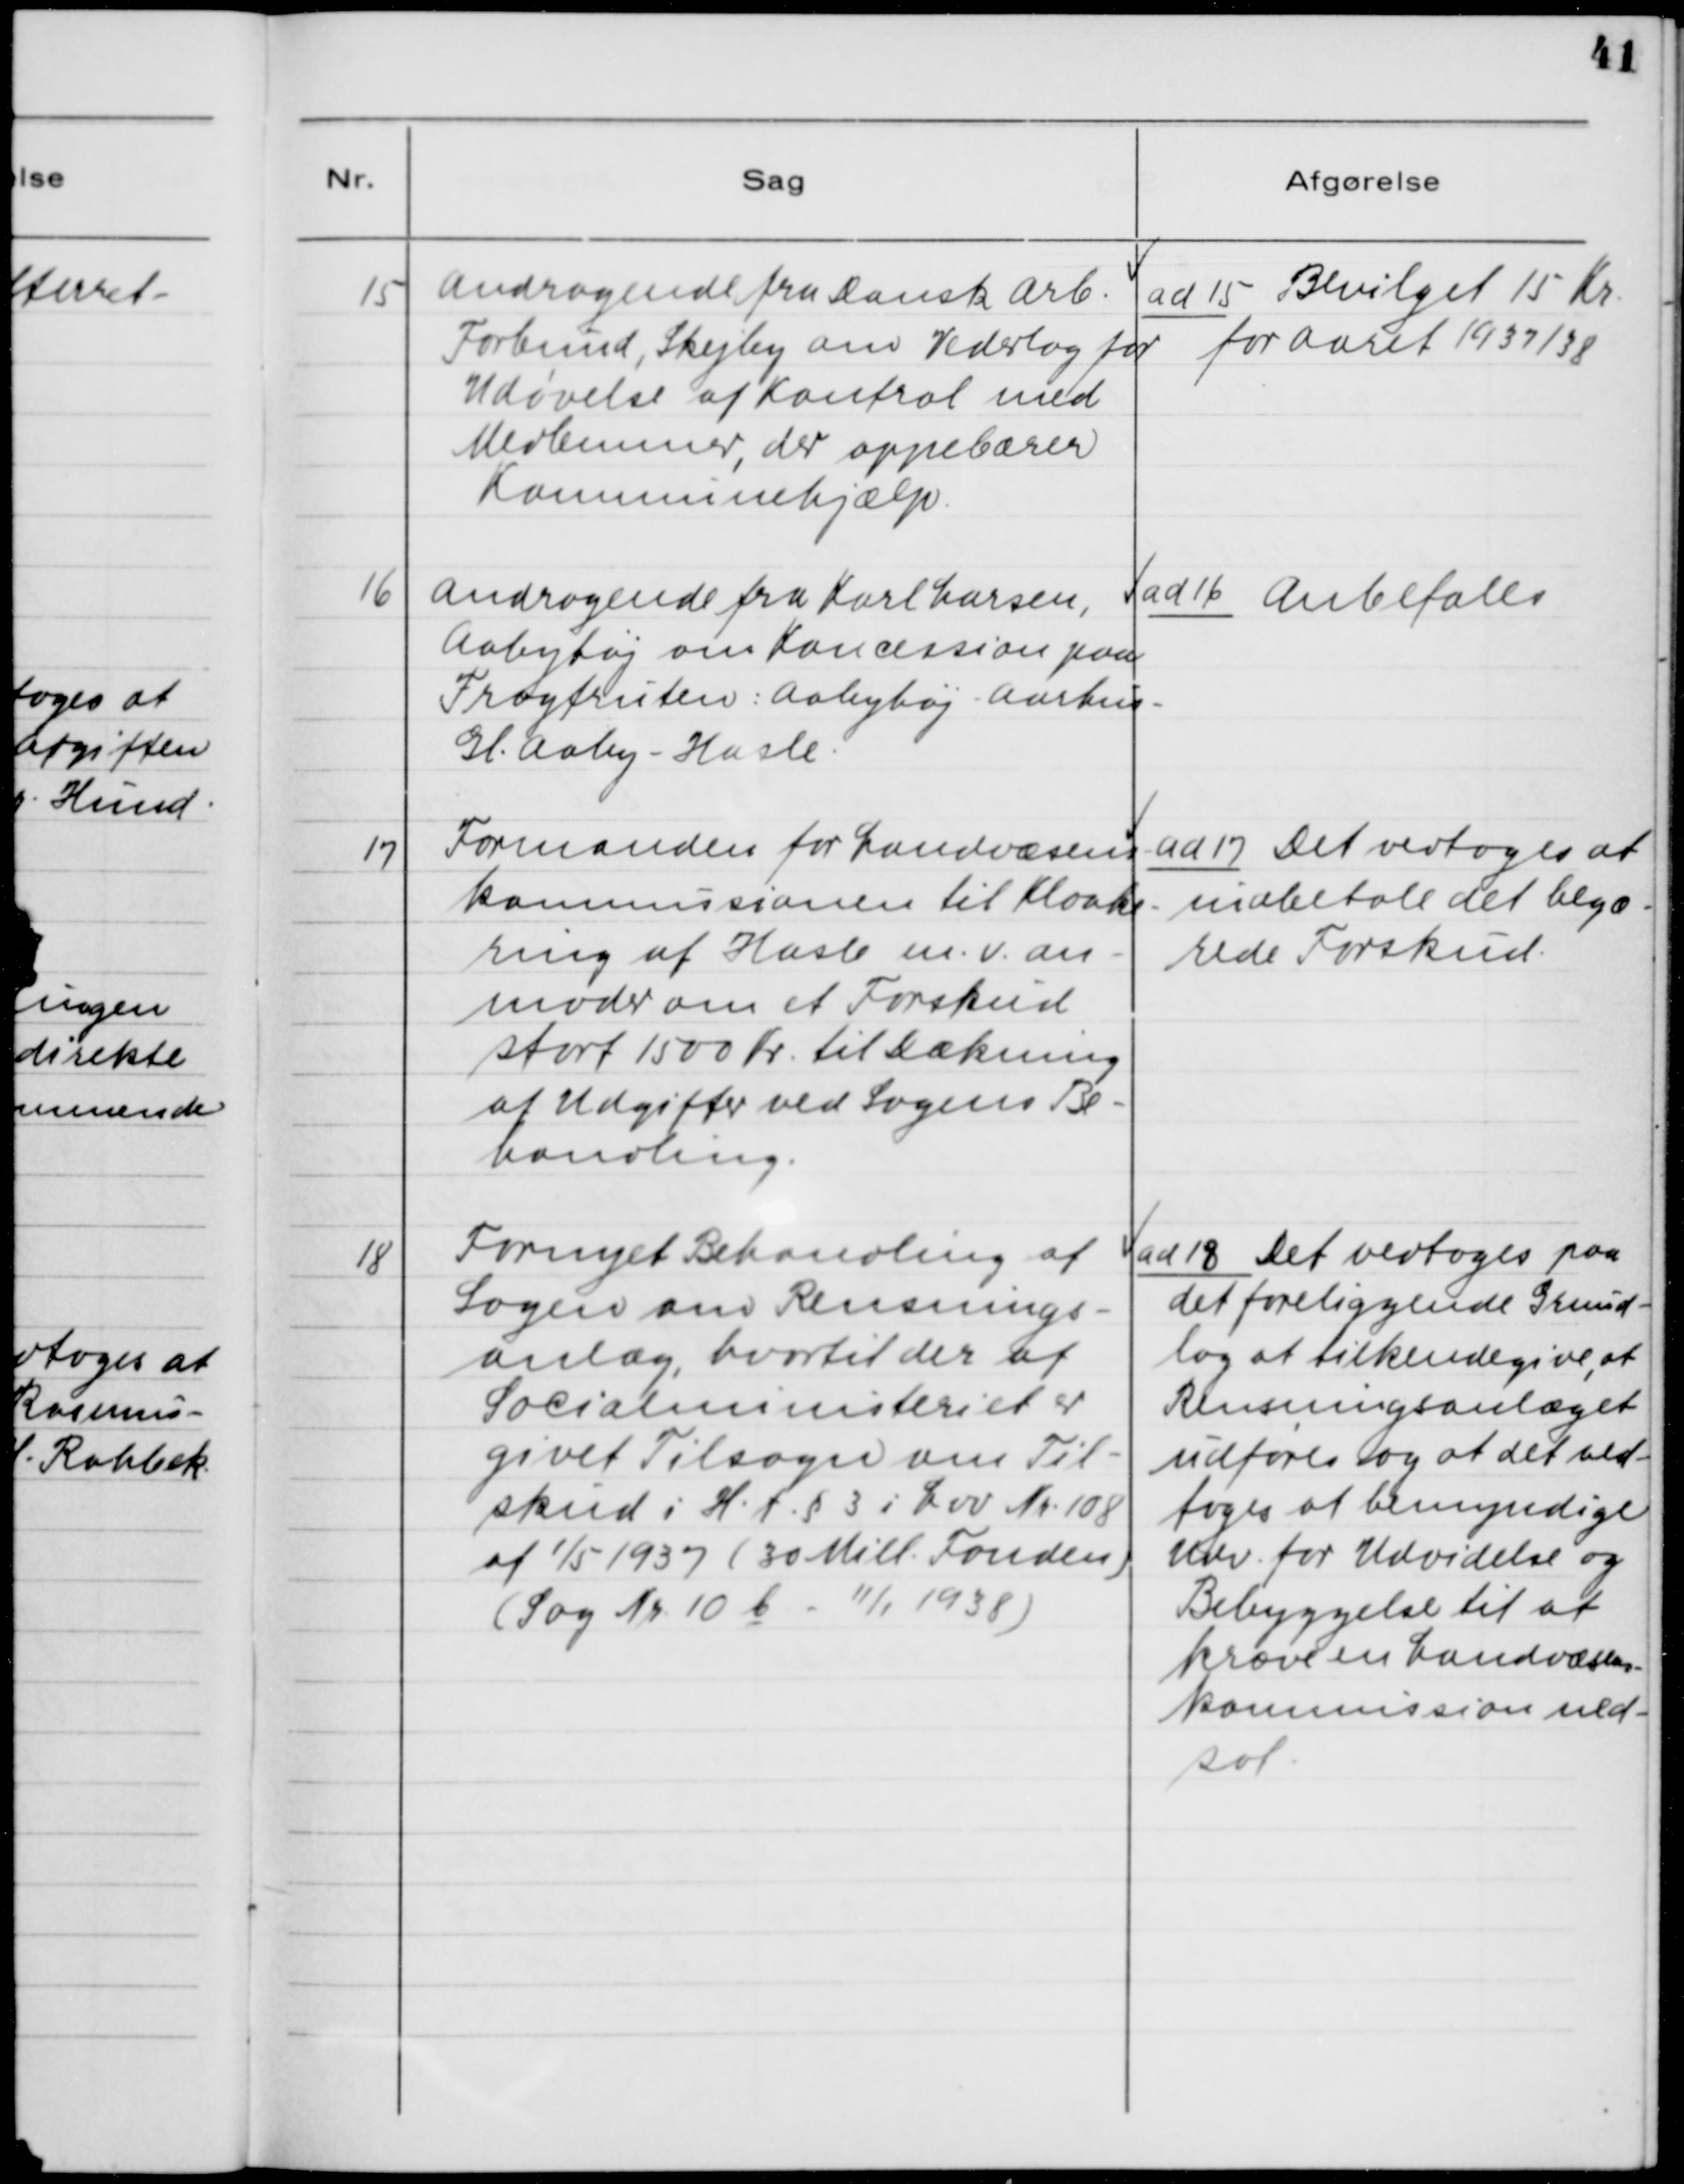
Transskription:
15. Andragende fra Dansk Arb.
Forbund, Skejby om Vederlag for
Udøvelse af Kontrol med
Medlemmer, der oppebærer
Kommunehjælp.

ad 15. Bevilget 15 Kr.
for Aaret 1937/39.

16. Andragende fra Karl Larsen,
Aabyhøj om Koncession paa
Fragtruten: Aabyhøj - Aarhus -
Gl. Aaby - Hasle.

ad 16. Anbefales

17. Formanden for Landvæsens-
kommissionen til Kloake-
ring af Hasle m.v. an-
moder om et Forskud
stort 1500 Kr. til Dækning
af Udgifter ved Sagens Be-
handling.

ad 17. Det vedtoges at
indbetale det begæ-
rede Forskud.

18. Fornyet Behandling af
Sagen om Rensnings-
anlæg, hvortil der af
Socialministeriet er
givet Tilsagn om Til-
skud i H.t. §3 i Lov Nr. 108
af 1/5 1937 (30 Mill. Fonden)
(Sag Nr. 10b - 11/1 1938)

ad 18. Det vedtoges paa
det foreliggende Grund-
lag at tilkendegive, at
Rensningsanlæget
udføres og at det ved-
tages at bemyndige
Udv. for Udvidelse og
Bebyggelse til at
kræve en Landvæsen-
kommission ned-
sat.